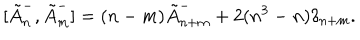
[ \tilde { A } _ { n } ^ { - } , \tilde { A } _ { m } ^ { - } ] = ( n - m ) \tilde { A } _ { n + m } ^ { - } + 2 ( n ^ { 3 } - n ) \delta _ { n + m } .